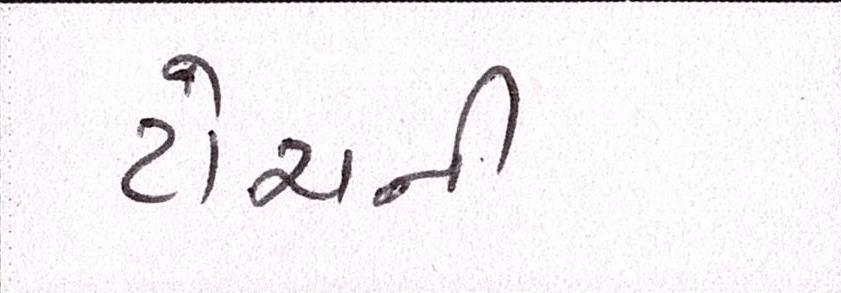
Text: ટોચની